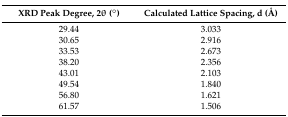
| XRD Peak Degree, 2θ (°) | Calculated Lattice Spacing, d (Å) |
 | --- | --- |
 | 29.44 | 3.033 |
 | 30.65 | 2.916 |
 | 33.53 | 2.673 |
 | 38.20 | 2.356 |
 | 43.01 | 2.103 |
 | 49.54 | 1.840 |
 | 56.80 | 1.621 |
 | 61.57 | 1.506 |